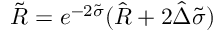
\tilde { R } = e ^ { - 2 \tilde { \sigma } } ( \hat { R } + 2 \hat { \Delta } \tilde { \sigma } )